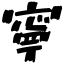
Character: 寧